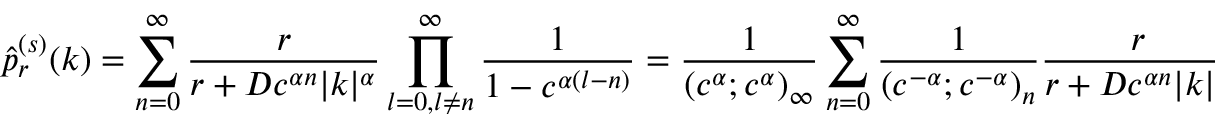
\hat { p } _ { r } ^ { ( s ) } ( k ) = \sum _ { n = 0 } ^ { \infty } \frac { r } { r + D c ^ { \alpha n } | k | ^ { \alpha } } \prod _ { \substack { l = 0 , l \neq n } } ^ { \infty } \frac { 1 } { 1 - c ^ { \alpha ( l - n ) } } = \frac { 1 } { ( c ^ { \alpha } ; c ^ { \alpha } ) _ { \infty } } \sum _ { n = 0 } ^ { \infty } \frac { 1 } { ( c ^ { - \alpha } ; c ^ { - \alpha } ) _ { n } } \frac { r } { r + D c ^ { \alpha n } | k | ^ { \alpha } } ,